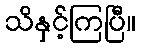
သိနှင့်ကြပြီ။